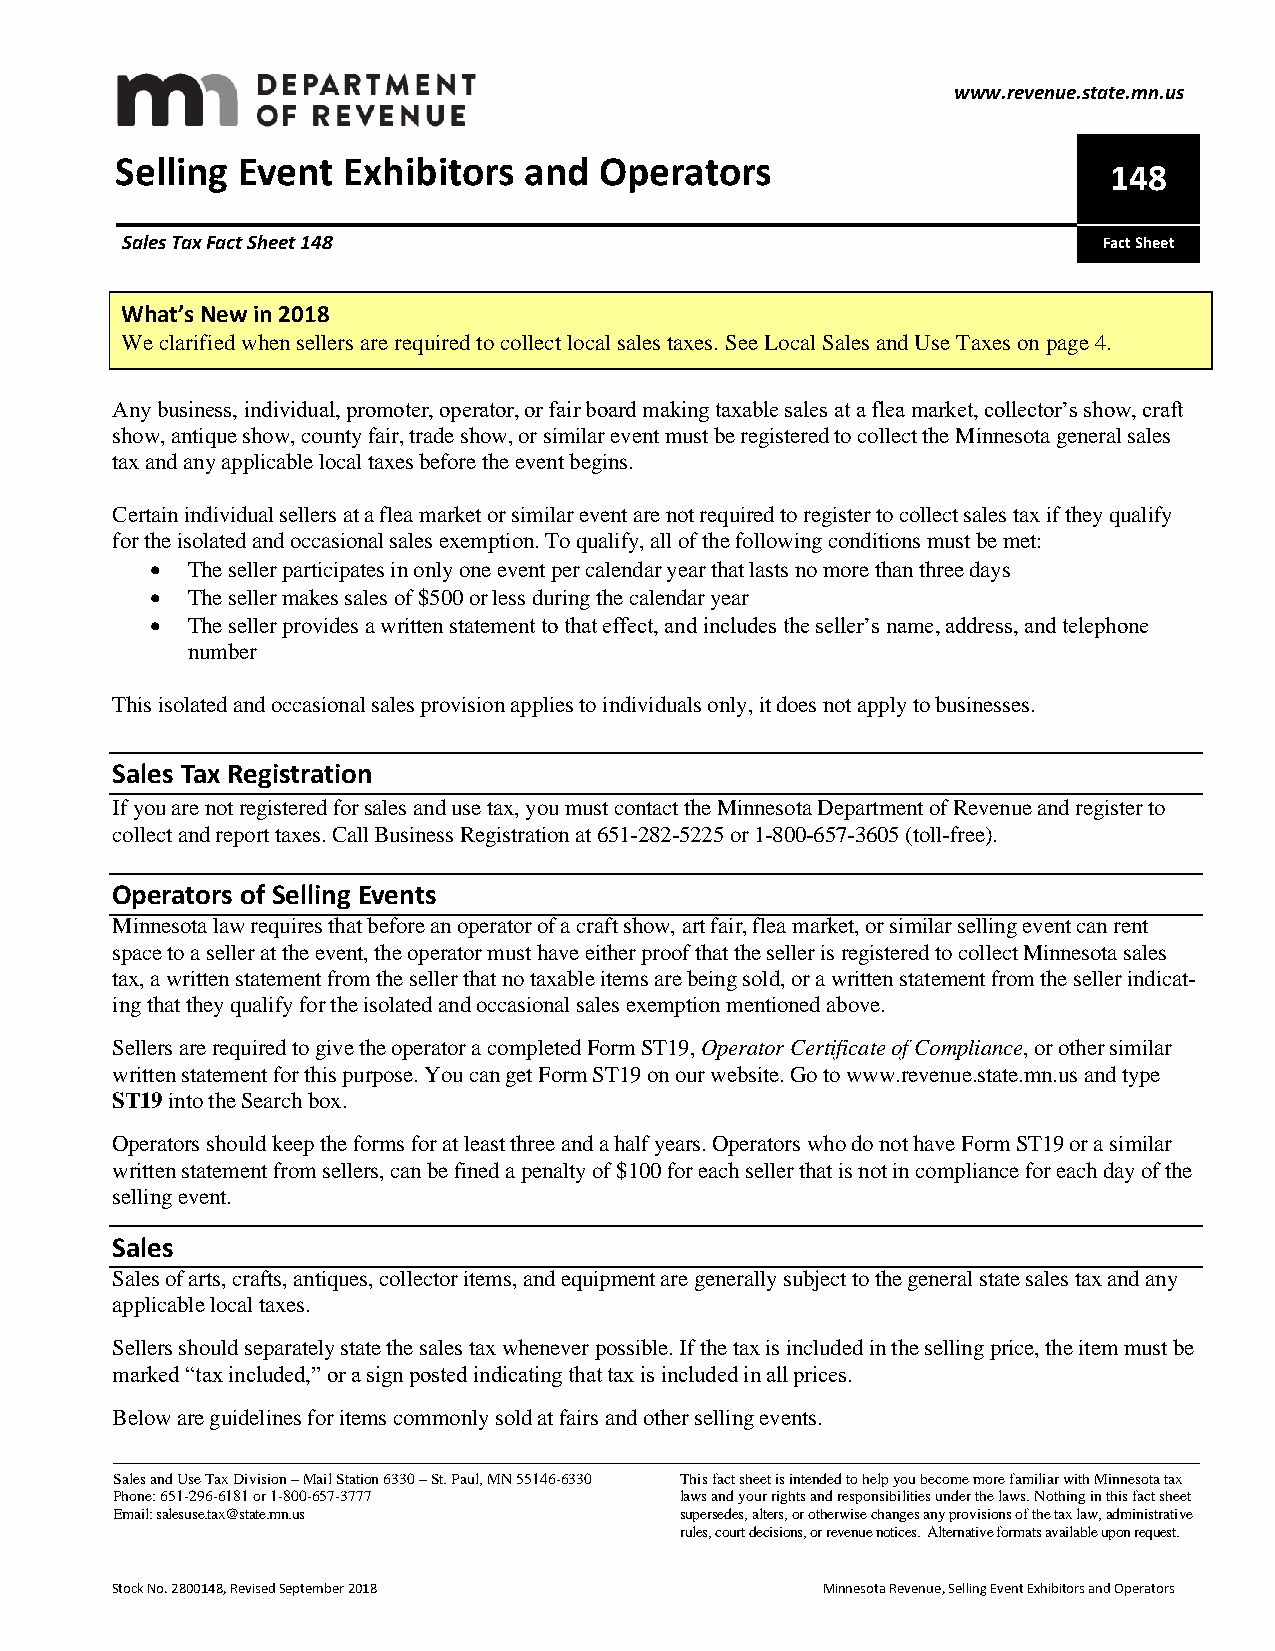
www.revenue.state.mn.us
 Selling Event  Exhibitors  and  Operators
 148
 Sales Tax Fact Sheet 148                                         Fact Sheet
 What’s New in 2018
 We clarified when sellers are required to collect local sales taxes. See Local Sales and Use Taxes on page 4.
 Any business, individual, promoter, operator, or fair board making taxable sales at a flea market, collector’s show, craft
 show, antique show, county fair, trade show, or similar event must be registered to collect the Minnesota general sales
 tax and any applicable local taxes before the event begins.
 Certain individual sellers at a flea market or similar event are not required to register to collect sales tax if they qualify
 for the isolated and occasional sales exemption. To qualify, all of the following conditions must be met:
  The seller participates in only one event per calendar year that lasts no more than three days
  The seller makes sales of $500 or less during the calendar year
  The seller provides a written statement to that effect, and includes the seller’s name, address, and telephone
 number
 This isolated and occasional sales provision applies to individuals only, it does not apply to businesses.
 Sales Tax Registration
 If you are not registered for sales and use tax, you must contact the Minnesota Department of Revenue and register to
 collect and report taxes. Call Business Registration at 651-282-5225 or 1-800-657-3605 (toll-free).
 Operators of Selling Events
 Minnesota law requires that before an operator of a craft show, art fair, flea market, or similar selling event can rent
 space to a seller at the event, the operator must have either proof that the seller is registered to collect Minnesota sales
 tax, a written statement from the seller that no taxable items are being sold, or a written statement from the seller indicat-
 ing that they qualify for the isolated and occasional sales exemption mentioned above.
 Sellers are required to give the operator a completed Form ST19, Operator Certificate of Compliance, or other similar
 written statement for this purpose. You can get Form ST19 on our website. Go to www.revenue.state.mn.us and type
 ST19 into the Search box.
 Operators should keep the forms for at least three and a half years. Operators who do not have Form ST19 or a similar
 written statement from sellers, can be fined a penalty of $100 for each seller that is not in compliance for each day of the
 selling event.
 Sales
 Sales of arts, crafts, antiques, collector items, and equipment are generally subject to the general state sales tax and any
 applicable local taxes.
 Sellers should separately state the sales tax whenever possible. If the tax is included in the selling price, the item must be
 marked “tax included,” or a sign posted indicating that tax is included in all prices.
 Below are guidelines for items commonly sold at fairs and other selling events.
 Sales and Use Tax Division – Mail Station 6330 – St. Paul, MN 55146-6330 This fact sheet is intended to help you become more familiar with Minnesota tax
 Phone: 651-296-6181 or 1-800-657-3777 laws and your rights and responsibilities under the laws. Nothing in this fact sheet
 Email: salesuse.tax@state.mn.us      supersedes, alters, or otherwise changes any provisions of the tax law, administrative
 rules, court decisions, or revenue notices. Alternative formats available upon request.
 Stock No. 2800148, Revised September 2018      Minnesota Revenue, Selling Event Exhibitors and Operators